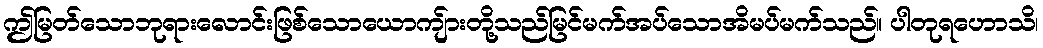
ဤမြတ်သောဘုရားလောင်းဖြစ်သောယောကျ်ားတို့သည်မြင်မက်အပ်သောအိမပ်မက်သည်။ ပါတုရဟောသိ၊